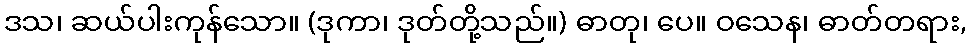
ဒသ၊ ဆယ်ပါးကုန်သော။ (ဒုကာ၊ ဒုတ်တို့သည်။) ဓာတု၊ ပေ။ ဝသေန၊ ဓာတ်တရား,